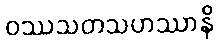
ဝဿသတသဟဿာနိ